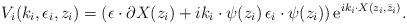
LaTeX: \begin{align*}V_i(k_i,\epsilon_i, z_i) = ( \epsilon\cdot \partial X(z_i) + ik_i\cdot \psi(z_i) \, \epsilon_i\cdot\psi(z_i) )\, {\rm e}^{ ik_i \cdot X(z_i, \bar z_i)} .\end{align*}